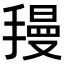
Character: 𫽺